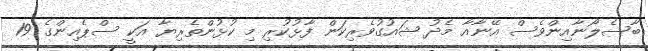
ބާސެލޯނާއިންވެސް އޭނާއާ މެދު ޝައުގުވެރިކަން ފާޅުކުރި މި ކުޅުންތެރިޔާ އަކީ ސްޕެއިންގެ 19